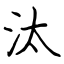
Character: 汰